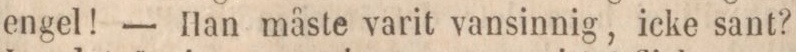
engel! — Han måste varit vansinnig, icke sant?